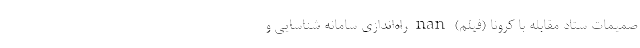
صمیمات ستاد مقابله با کرونا (فیلم) nan راه‌اندازی سامانه شناسایی و